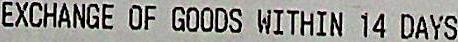
EXCHANGE OF GOODS WITHIN 14 DAYS